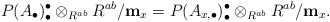
\begin{align*}P(A_{\bullet})^{\bullet}_{\bullet} \otimes_{R^{ab}}R^{ab}/{\bf m}_x=P(A_{x, \bullet})^{\bullet}_{\bullet} \otimes_{R^{ab}}R^{ab}/{\bf m}_x.\end{align*}